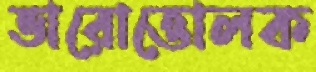
ভারোত্তোলক